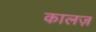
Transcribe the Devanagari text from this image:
कालज़